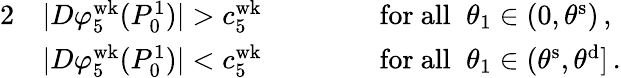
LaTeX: \begin{array}{rlrl}{{2}}&{|D\varphi_{5}^{\mathrm{wk}}(P_{0}^{1})|>c_{5}^{\mathrm{wk}}\, \qquad}&&{\mathrm{for~all}\; \; \theta_{1}\in(0,\theta^{\mathrm{s}})\, ,}\\ &{|D\varphi_{5}^{\mathrm{wk}}(P_{0}^{1})|<c_{5}^{\mathrm{wk}}\, \qquad}&&{\mathrm{for~all}\; \; \theta_{1}\in(\theta^{\mathrm{s}},\theta^{\mathrm{d}}]\, .}\end{array}